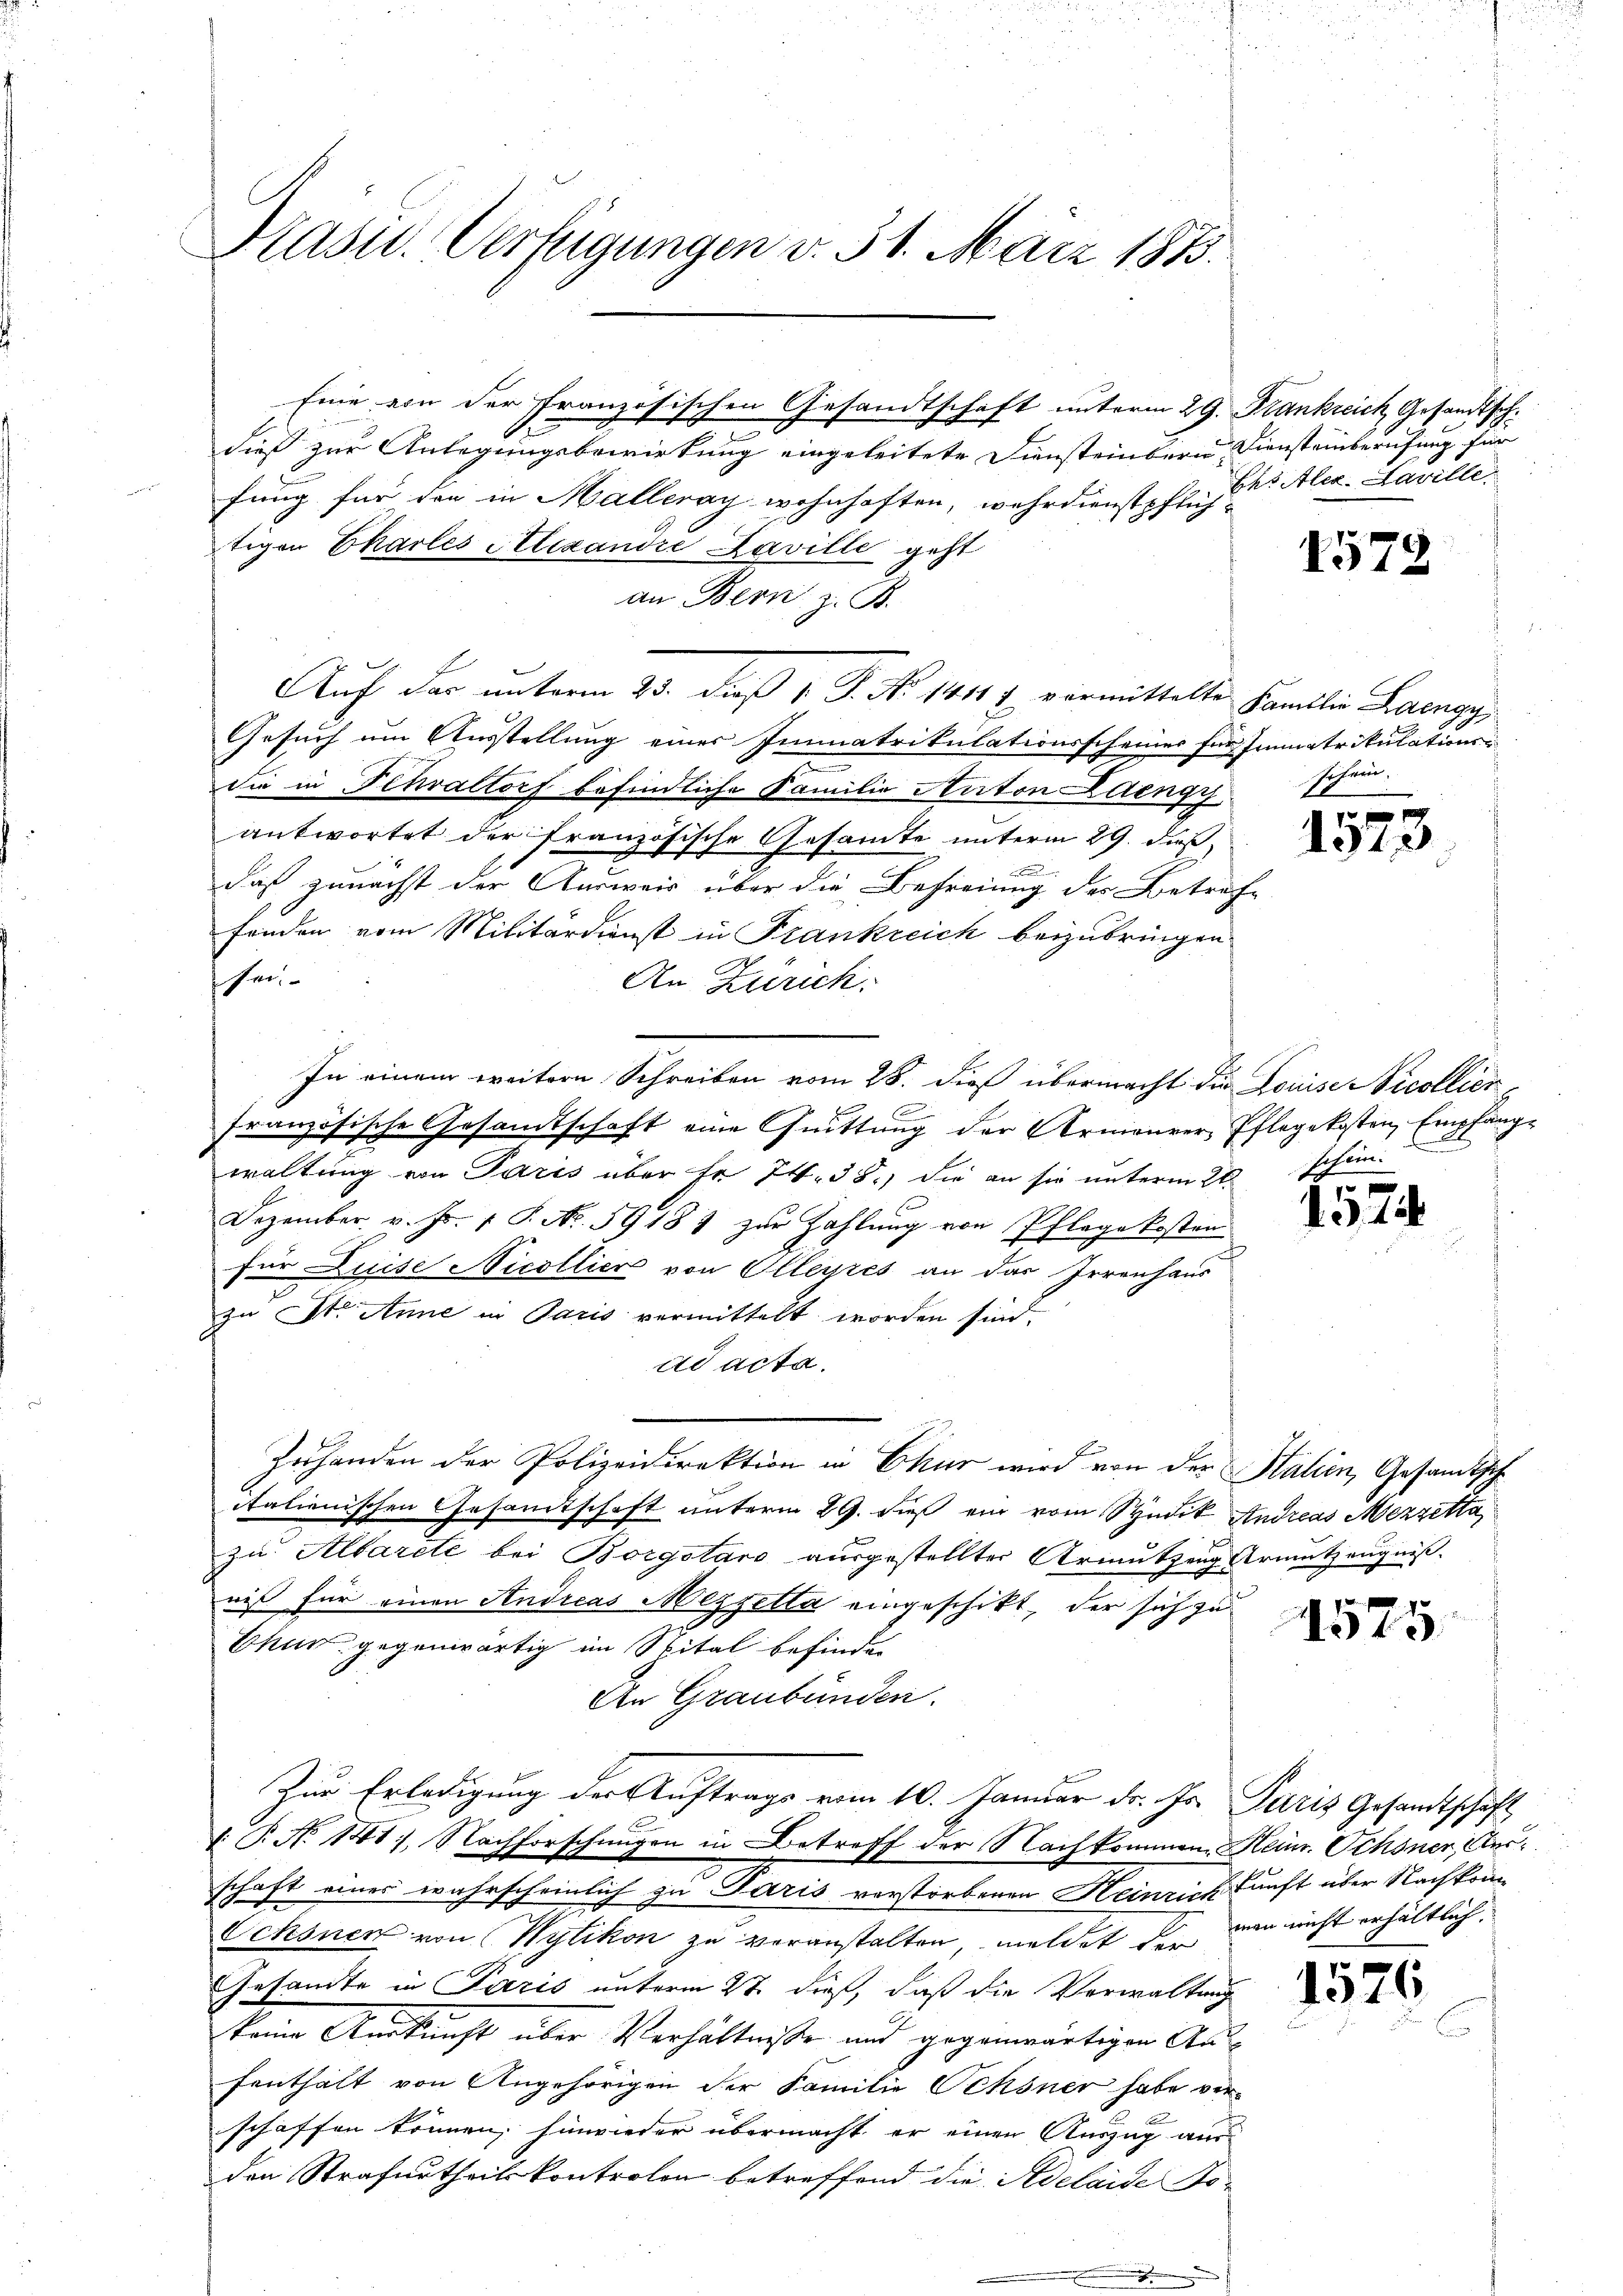
Präsid. Verfügungen v. 31. März 1813.

Eine von der französischen Gesandtschaft unterm 29. Frankreich Gesandtsch.
dieß zur Anlegungsbewirkung eingeleitete Diensteinbern Diensteinberufung für
fung für den in Malleray wohnhaften, wehrdienstpflich-
tigen Ekarles Alexandre Laville geht
an Bern z. B.
Gesuch um Ausstellung einer Immatrikulationsscheiner für Immatrikulationsdie in Fehraltorf befindliche Familie Anton Laengy
antwortet der französische Gesamte unterm 29. dieß,
daß zunächst der Ausweis über die Befreiung des Betref-
finden vom Militärdienst in Frankreich beizubringen.
schei
An Zürich.
In einem weitern Schreiben vom 28. dieß übermacht die Louise Nicollierfranzösische Gesandtschaft eine Quittung der Armenrer, Pflegekosten, Empfangwaltung von Paris über fr. 74. 38.) die an sie unterm 21.
Dezember v. Fr. 1 S. No. 5918) zŭr Zahlung von Pflegekosten
für Luise Nicollier von Olleyres an das Irrenhaus
zu St. Anne in Paris vermittelt worden sind.
ad acta.
Zuhanden der Polizeidirektion in Chur wird von der Statien, Gesandtsche
italienischen Gesamtschaft unterm 29. dieß ein vom Studik Andreas Mezzetta
zu Albarete bei Borgstaro ausgestellter Armutzeug Armutzeugniß
niß für einen Andreas Mezzella eingeschikt, der sich zu
Chur gegenwärtig im Spital befinden
An Graubünden.
Zur Erledigung der Auftrags vom 10. Januar d. Js. Paris Gesandtschäft
F
: P. No 141, Nachforschungen in Betreff der Nachkommen, Heinr. Schöner, Ausschaft eines wahrscheinlich zu Paris verstorbenen Heinrich kunft über Nachkom¬
Ochsnen von Wytikon zu veranstalten, meldet der man nicht erhältlich.
Gesandte in Paris unterm 27. dieß, daß die Verwaltung
keine Auskunft über Verhältnisse und gegenwärtigen Aufenthalt von Angehörigen der Familie Ochsner habe verschaffen können, hinwieder übermacht er einen Auszug aus
den Strafurtheilskontrolon betreffend die Adelaide So-

Auf das unterm 25. dieß 1. P. No. 1414) vermittelte Familie Laengy,

Ehs Alex. Saville.

.

1572

schein.

1573

.
sschun

f
13. 15

1575

1576